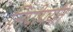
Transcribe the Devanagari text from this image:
लिपीपर्यंत